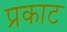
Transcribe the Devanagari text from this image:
प्रकाट